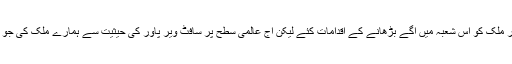
ہندوستان میں اگرچہ اندرا گاندھی اور راجیو گاندھی نے انفارمیشن ٹیکنالوجی کی بنیاد ڈالی اور ملک کو اس شعبہ میں آگے بڑھانے کے اقدامات کئے لیکن آج عالمی سطح پر سافٹ ویر پاور کی حیثیت سے ہمارے ملک کی جو شناخت بنی ہے اس میں چندرابابو نائیڈو جیسے IT SAVY سیاستدانوں کا بھی اہم کردار ہے۔